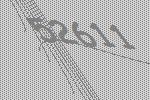
52611